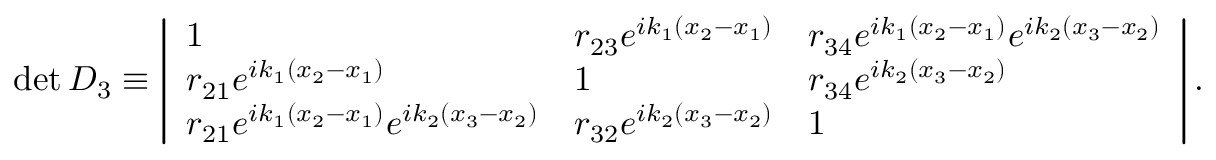
\begin{array} { r } { \operatorname* { d e t } D _ { 3 } \equiv \left| \begin{array} { l l l } { 1 } & { r _ { 2 3 } e ^ { i k _ { 1 } ( x _ { 2 } - x _ { 1 } ) } } & { r _ { 3 4 } e ^ { i k _ { 1 } ( x _ { 2 } - x _ { 1 } ) } e ^ { i k _ { 2 } ( x _ { 3 } - x _ { 2 } ) } } \\ { r _ { 2 1 } e ^ { i k _ { 1 } ( x _ { 2 } - x _ { 1 } ) } } & { 1 } & { r _ { 3 4 } e ^ { i k _ { 2 } ( x _ { 3 } - x _ { 2 } ) } } \\ { r _ { 2 1 } e ^ { i k _ { 1 } ( x _ { 2 } - x _ { 1 } ) } e ^ { i k _ { 2 } ( x _ { 3 } - x _ { 2 } ) } } & { r _ { 3 2 } e ^ { i k _ { 2 } ( x _ { 3 } - x _ { 2 } ) } } & { 1 } \end{array} \right| . } \end{array}